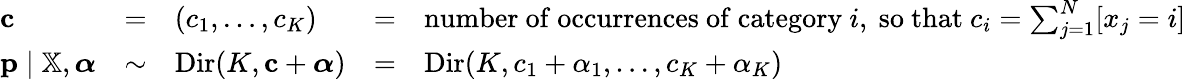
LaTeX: {\begin{array}{lclcl}{\mathbf{c}}&{=}&{(c_{1},\ldots,c_{K})}&{=}&{{\mathrm{number~of~occurrences~of~category~}}i,{\mathrm{~so~that~}}c_{i}=\sum_{j=1}^{N}[x_{j}=i]}\\ {\mathbf{p}\mid\mathbb{X},{\boldsymbol{\alpha}}}&{\sim}&{\operatorname{Dir}(K,\mathbf{c}+{\boldsymbol{\alpha}})}&{=}&{\operatorname{Dir}(K,c_{1}+\alpha_{1},\ldots,c_{K}+\alpha_{K})}\end{array}}